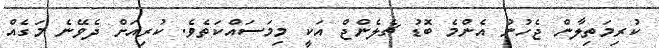
ކުރިމަތިލާން ޖެހުނު އެންމެ ބޮޑު ޗެލެންޖް އަކީ މިމަސައްކަތެވެ. ކުރިއަށް ދެވޭނެ މަގެއް